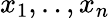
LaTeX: x_{1},..,x_{n}